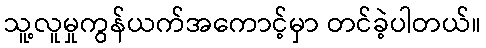
သူ့လူမှုကွန်ယက်အကောင့်မှာ တင်ခဲ့ပါတယ်။